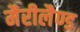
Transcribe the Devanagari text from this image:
मैरीलैण्ड